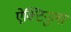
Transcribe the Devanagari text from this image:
ऐक्टिनुला